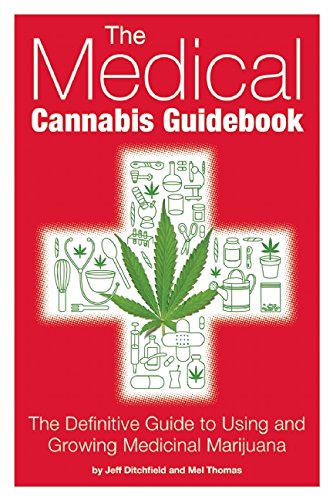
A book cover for The Medical Cannabis Guidebook: The Definitive Guide To Using and Growing Medicinal Marijuana; Jeff Ditchfield; Medical Books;